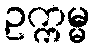
ဥက္ကမ္မ